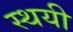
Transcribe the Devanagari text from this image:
स्‍थयी